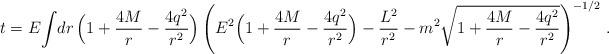
LaTeX: \begin{align*}t = E { \int} {dr\, \Bigl(1 +{4M\over r} - {4q^2\over r^2}\Bigr)\left({E^2\Bigl(1 +{4M\over r} - {4q^2\over r^2}\Bigr) -{L^2\over r^2} - m^2\sqrt{1 +{4M\over r} - {4q^2\over r^2}}}\right)^{-1/2} }\ .\end{align*}